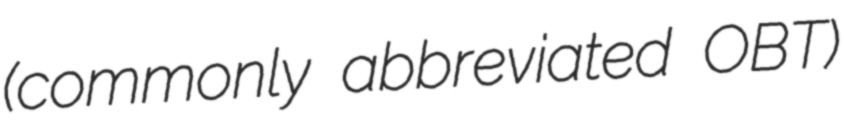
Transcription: (commonly abbreviated OBT)